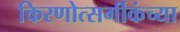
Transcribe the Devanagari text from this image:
किरणोत्सर्गीकंच्या